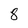
Character: 8